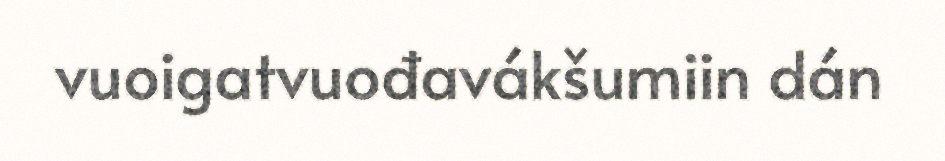
vuoigatvuođavákšumiin dán